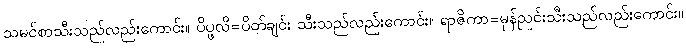
သမင်စာသီးသည်လည်းကောင်း။ ပိပ္ဖလိ=ပိတ်ချင်း သီးသည်လည်းကောင်း။ ရာဇိကာ=မုန်ညင်းသီးသည်လည်းကောင်း။